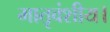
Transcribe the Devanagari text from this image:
मातृवंशीय।